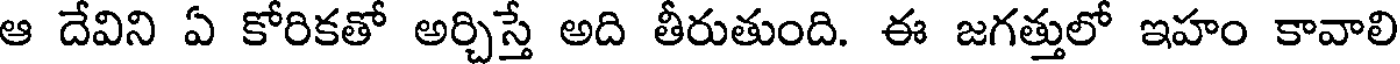
ఆ దేవిని ఏ కోరికతో అర్చిస్తే అది తీరుతుంది. ఈ జగత్తులో ఇహం కావాలి